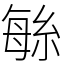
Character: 䋣